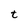
Character: t